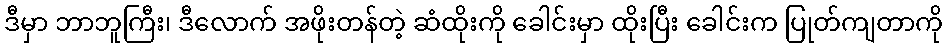
ဒီမှာ ဘာဘူကြီး၊ ဒီလောက် အဖိုးတန်တဲ့ ဆံထိုးကို ခေါင်းမှာ ထိုးပြီး ခေါင်းက ပြုတ်ကျတာကို